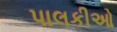
પાલકીઓ